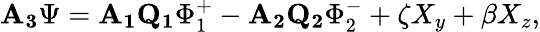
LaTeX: \mathbf{A_{3}}\Psi=\mathbf{A_{1}Q_{1}}\Phi_{1}^{+}-\mathbf{A_{2}Q_{2}}\Phi_{2}^{-}+\zeta X_{y}+\beta X_{z},